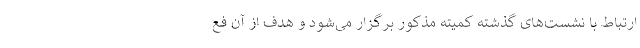
ارتباط با نشست‌های گذشته کمیته مذکور برگزار می‌شود و هدف از آن فع